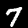
Digit: 7